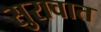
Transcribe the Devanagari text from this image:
सुरावात